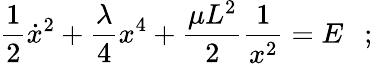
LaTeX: {\frac{1}{2}}{\dot{x}}^{2}+{\frac{\lambda}{4}}x^{4}+{\frac{\mu L^{2}}{2}}{\frac{1}{x^{2}}}=E~~~;